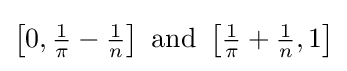
{\textstyle \left[0,{\frac {1}{\pi }}-{\frac {1}{n}}\right]{\text{ and }}\left[{\frac {1}{\pi }}+{\frac {1}{n}},1\right]}